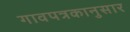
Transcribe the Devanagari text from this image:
गावपत्रकानुसार